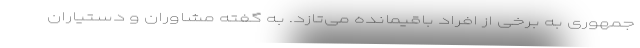
جمهوری به برخی از افراد باقیمانده می‌تازد. به گفته مشاوران و دستیاران